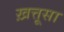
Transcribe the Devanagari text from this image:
ख़त्तूसा